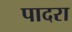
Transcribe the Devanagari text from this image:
पादरा